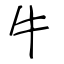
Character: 牛